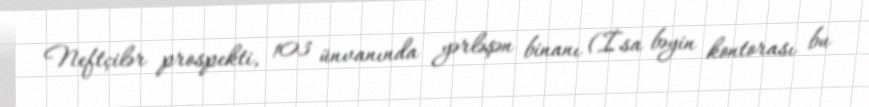
Neftçilər prospekti, 103 ünvanında yərləşən binanı (İsa bəyin kontorası bu